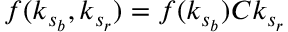
f ( k _ { s _ { b } } , k _ { s _ { r } } ) = f ( k _ { s _ { b } } ) C k _ { s _ { r } }